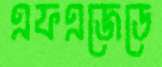
এফএজেডে